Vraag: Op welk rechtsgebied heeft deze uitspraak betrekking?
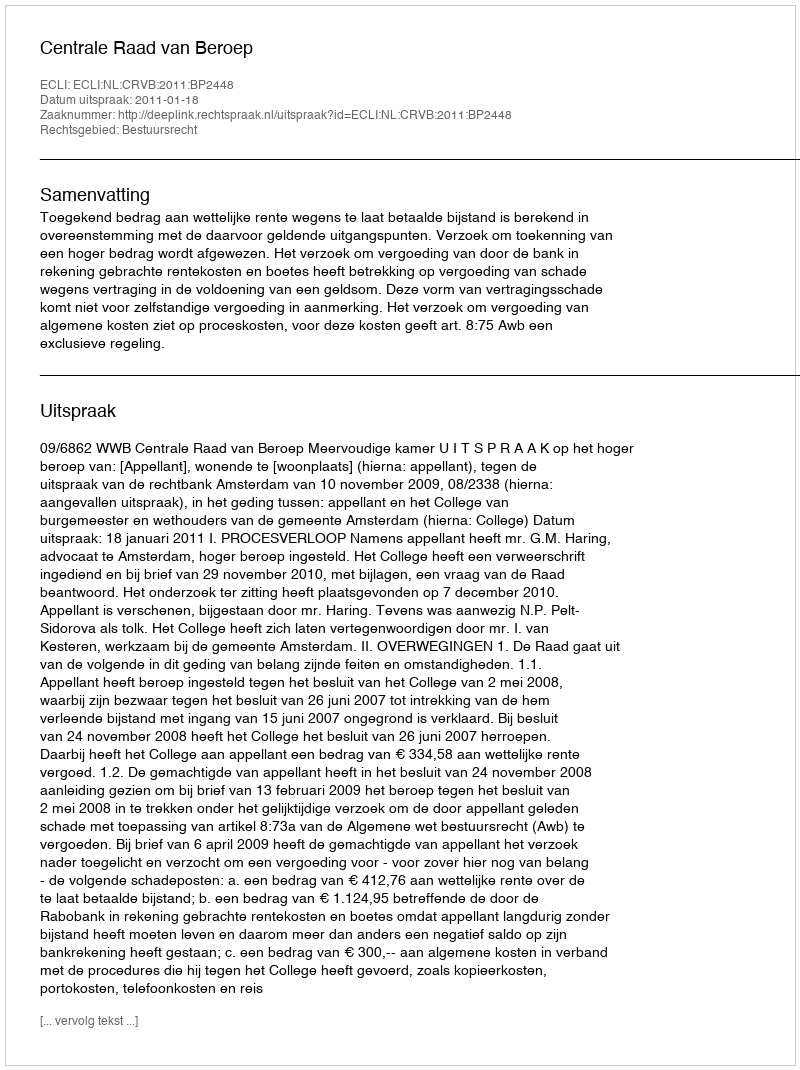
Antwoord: Bestuursrecht